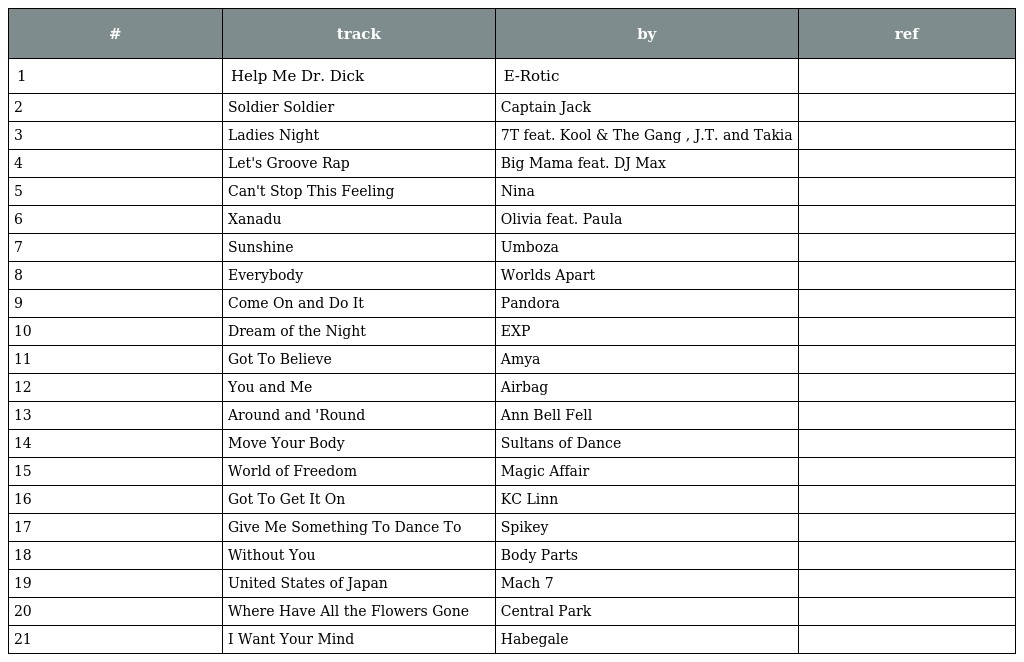
| # | track | by | ref |
 | --- | --- | --- | --- |
 | 1 | Help Me Dr. Dick | E-Rotic |  |
 | 2 | Soldier Soldier | Captain Jack |  |
 | 3 | Ladies Night | 7T feat. Kool & The Gang , J.T. and Takia |  |
 | 4 | Let's Groove Rap | Big Mama feat. DJ Max |  |
 | 5 | Can't Stop This Feeling | Nina |  |
 | 6 | Xanadu | Olivia feat. Paula |  |
 | 7 | Sunshine | Umboza |  |
 | 8 | Everybody | Worlds Apart |  |
 | 9 | Come On and Do It | Pandora |  |
 | 10 | Dream of the Night | EXP |  |
 | 11 | Got To Believe | Amya |  |
 | 12 | You and Me | Airbag |  |
 | 13 | Around and 'Round | Ann Bell Fell |  |
 | 14 | Move Your Body | Sultans of Dance |  |
 | 15 | World of Freedom | Magic Affair |  |
 | 16 | Got To Get It On | KC Linn |  |
 | 17 | Give Me Something To Dance To | Spikey |  |
 | 18 | Without You | Body Parts |  |
 | 19 | United States of Japan | Mach 7 |  |
 | 20 | Where Have All the Flowers Gone | Central Park |  |
 | 21 | I Want Your Mind | Habegale |  |